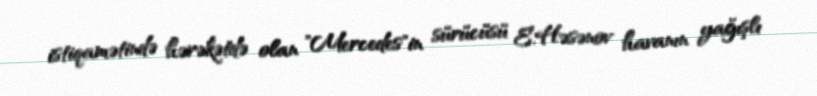
istiqamətində hərəkətdə olan "Mercedes"in sürücüsü E.Həsənov havanın yağışlı